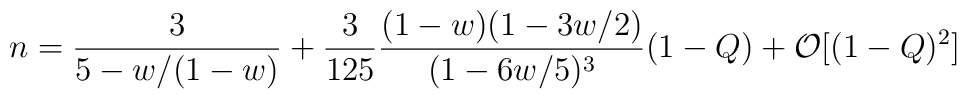
n = \frac{3}{5-w/(1-w)}+\frac{3}{125} \frac{(1-w)(1-3w/2)}{(1-6w/5)^3}  (1-Q) + \mathcal{O} [(1-Q)^2]